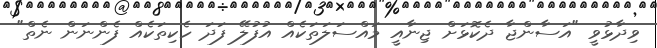
ވިދާޅުވީ "އަސާންޖާ ދެކޮޅަށް ޖިނާއީ މައްސަލަތަކެއް އުފުލޭ ފަދަ ހެކިތަކެއް ފެންނަން ނެތް"